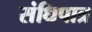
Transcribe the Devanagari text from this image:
संधिपात्र